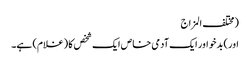
(مختلف المزاج
اور) بدخو اور ایک آدمی خاص ایک شخص کا (غلام) ہے۔